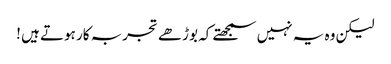
لیکن وہ یہ نہیں سمجھتے کہ بوڑھے تجربہ کار ہوتے ہیں !